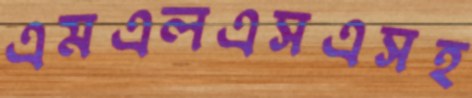
এমএলএসএসহ